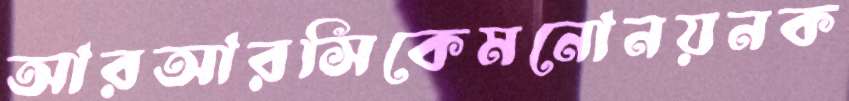
আরআরসিকেমনোনয়নক